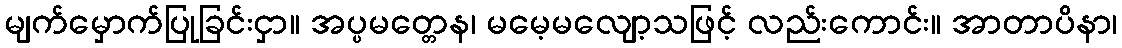
မျက်မှောက်ပြုခြင်းငှာ။ အပ္ပမတ္တေန၊ မမေ့မလျော့သဖြင့် လည်းကောင်း။ အာတာပိနာ၊